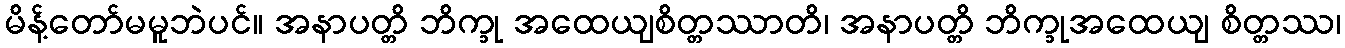
မိန့်တော်မမူဘဲပင်။ အနာပတ္တိ ဘိက္ခု အထေယျစိတ္တဿာတိ၊ အနာပတ္တိ ဘိက္ခုအထေယျ စိတ္တဿ၊